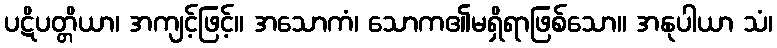
ပဋိပတ္တိယာ၊ အကျင့်ဖြင့်။ အသောကံ၊ သောက၏မရှိရာဖြစ်သော။ အနုပါယာ သံ၊